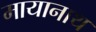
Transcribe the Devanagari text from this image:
मायानाथ